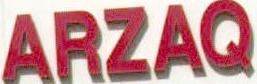
ARZAQ